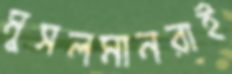
মুসলমানরাই